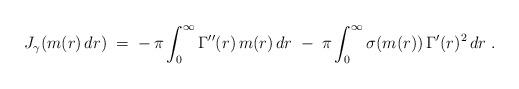
LaTeX: \begin{align*}J_{\gamma} (m(r)\, dr) \; =\;-\, \pi \int_0^{\infty} \Gamma''(r) \, m(r)\, dr \; - \; \pi \int_0^{\infty} \sigma(m(r))\, \Gamma'(r)^2 \, dr \;.\end{align*}